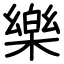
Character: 樂